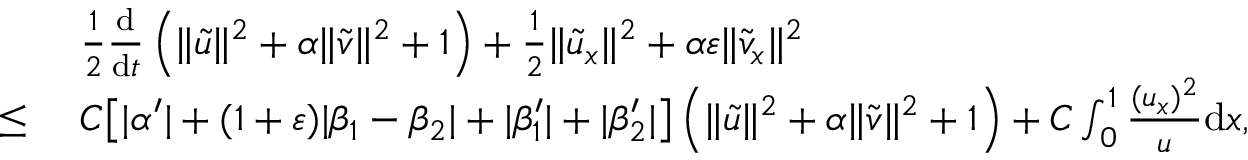
\begin{array} { r l } & { \ \frac 1 2 \frac { \mathrm { d } } { \mathrm { d } t } \left( \| \tilde { u } \| ^ { 2 } + \alpha \| \tilde { v } \| ^ { 2 } + 1 \right) + \frac 1 2 \| \tilde { u } _ { x } \| ^ { 2 } + \alpha \varepsilon \| \tilde { v } _ { x } \| ^ { 2 } } \\ { \le } & { \ C \big [ | \alpha ^ { \prime } | + ( 1 + \varepsilon ) | \beta _ { 1 } - \beta _ { 2 } | + | \beta _ { 1 } ^ { \prime } | + | \beta _ { 2 } ^ { \prime } | \big ] \left( \| \tilde { u } \| ^ { 2 } + \alpha \| \tilde { v } \| ^ { 2 } + 1 \right) + C \int _ { 0 } ^ { 1 } \frac { ( u _ { x } ) ^ { 2 } } { u } \mathrm { d } x , } \end{array}